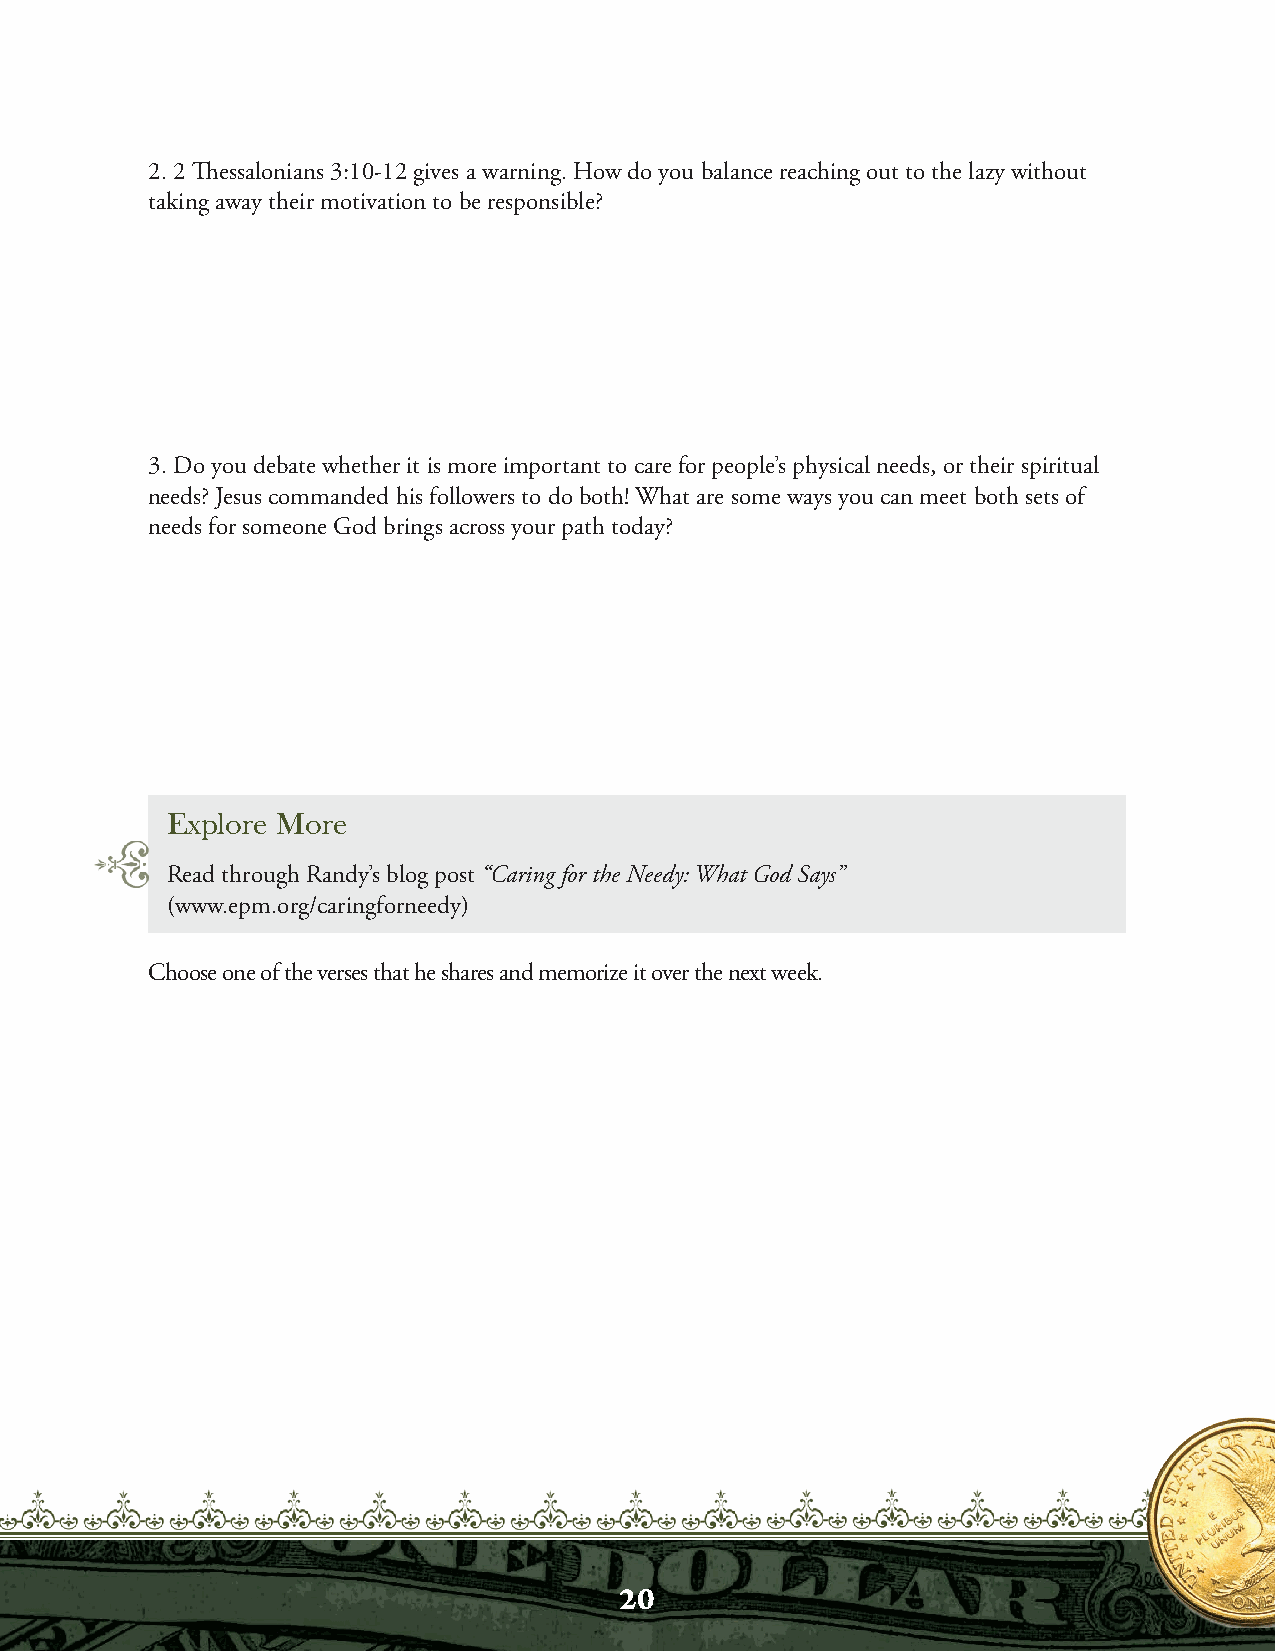
2. 2 Thessalonians 3:10-12 gives a warning. How do you balance reaching out to the lazy without
 taking away their motivation to be responsible?
 3. Do you debate whether it is more important to care for people’s physical needs, or their spiritual
 needs? Jesus commanded his followers to do both! What are some ways you can meet both sets of
 needs for someone God brings across your path today?
 Explore More
 Read through Randy’s blog post “Caring for the Needy: What God Says”
 (www.epm.org/caringforneedy)
 Choose one of the verses that he shares and memorize it over the next week.
 20